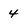
Character: 4